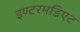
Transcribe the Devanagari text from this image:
इण्टरमडिएट